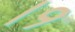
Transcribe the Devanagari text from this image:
।१